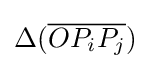
\Delta ({\overline {OP_{i}P_{j}}})